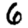
Digit: 6